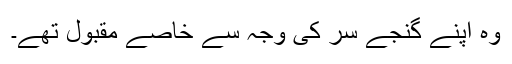
وہ اپنے گنجے سر کی وجہ سے خاصے مقبول تھے۔